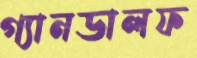
গ্যানডালফ